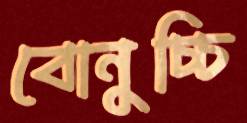
বোনুচ্চি